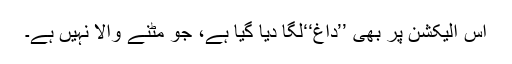
اِس الیکشن پر بھی ’’داغ‘‘لگا دیا گیا ہے، جو مٹنے والا نہیں ہے۔